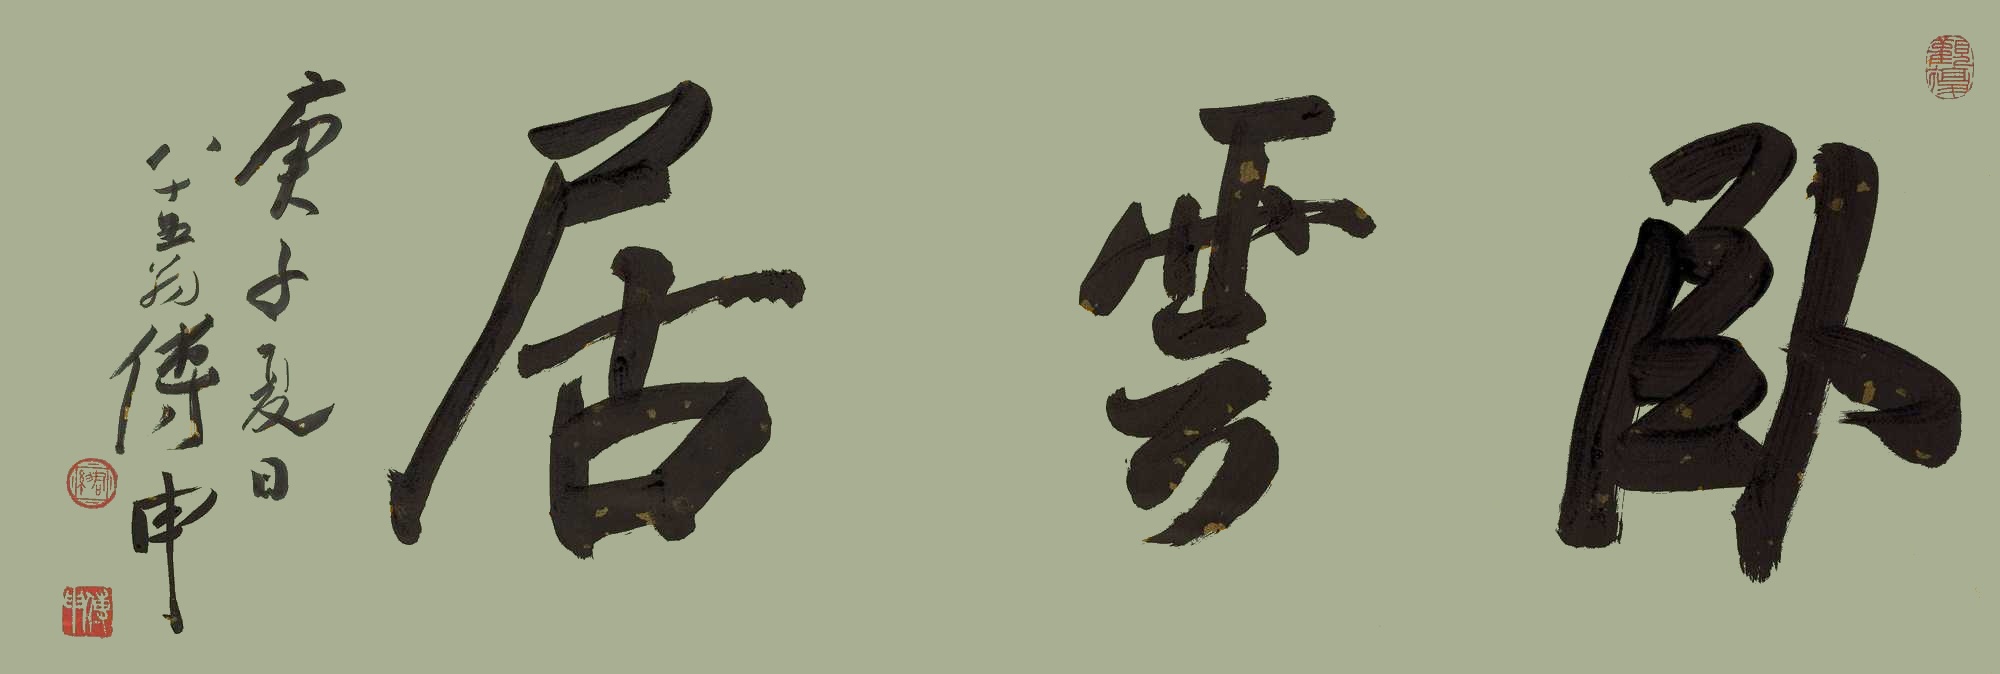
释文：卧云居庚子夏日，八十五翁傅申。